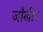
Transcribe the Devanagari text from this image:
जाँखीर